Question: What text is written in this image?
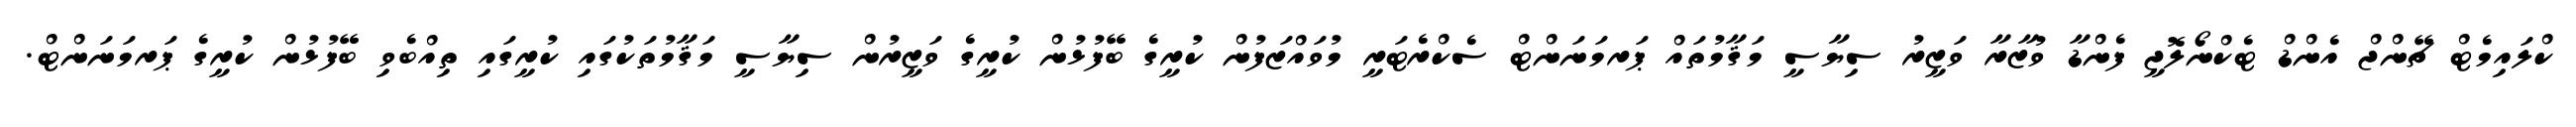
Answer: ކްލައިމެޓް ޗޭންޖް އެންޑް ޓެކްނޯލޮޖީ ފެންޑާ ވުޒާރާ ވަޒީރު ސިޔާސީ މަޤާމުތައް ޕަރމަނަންޓް ސެކްރެޓަރީ މުވައްޒަފުން ކުރީގެ ބޭފުޅުން ކުރީގެ ވަޒީރުން ސިޔާސީ މަޤާމުތަކުގައި ކުރީގައި ތިއްބެވި ބޭފުޅުން ކުރީގެ ޕަރމަނަންޓް.